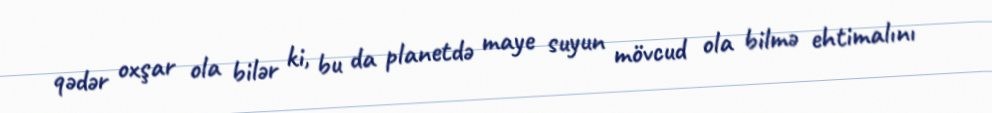
qədər oxşar ola bilər ki, bu da planetdə maye suyun mövcud ola bilmə ehtimalını